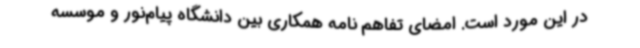
در این مورد است. امضای تفاهم نامه همکاری بین دانشگاه پیام‌نور و موسسه